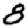
Digit: 8